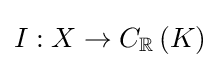
I:X\to C_{\mathbb {R} }\left(K\right)